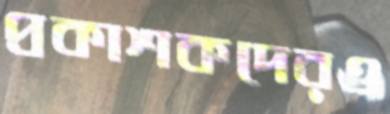
প্রকাশকদেরও